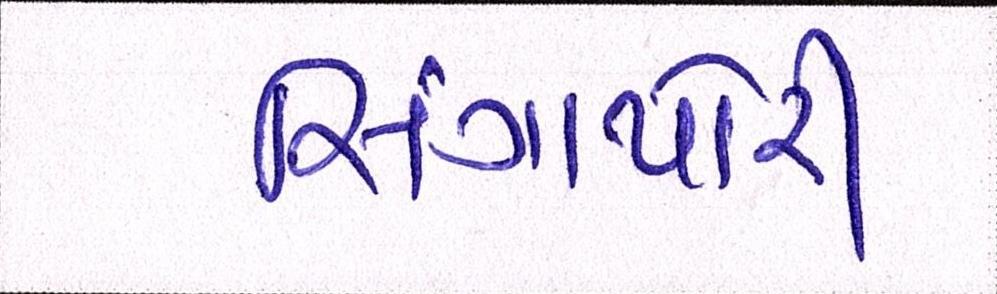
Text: સિંગાપોરી